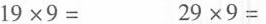
19×9= 29×9=